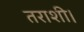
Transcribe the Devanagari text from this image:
तराशी।